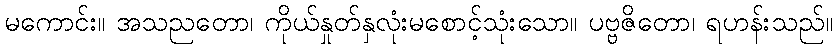
မကောင်း။ အသညတော၊ ကိုယ်နှုတ်နှလုံးမစောင့်သုံးသော။ ပဗ္ဗဇိတော၊ ရဟန်းသည်။